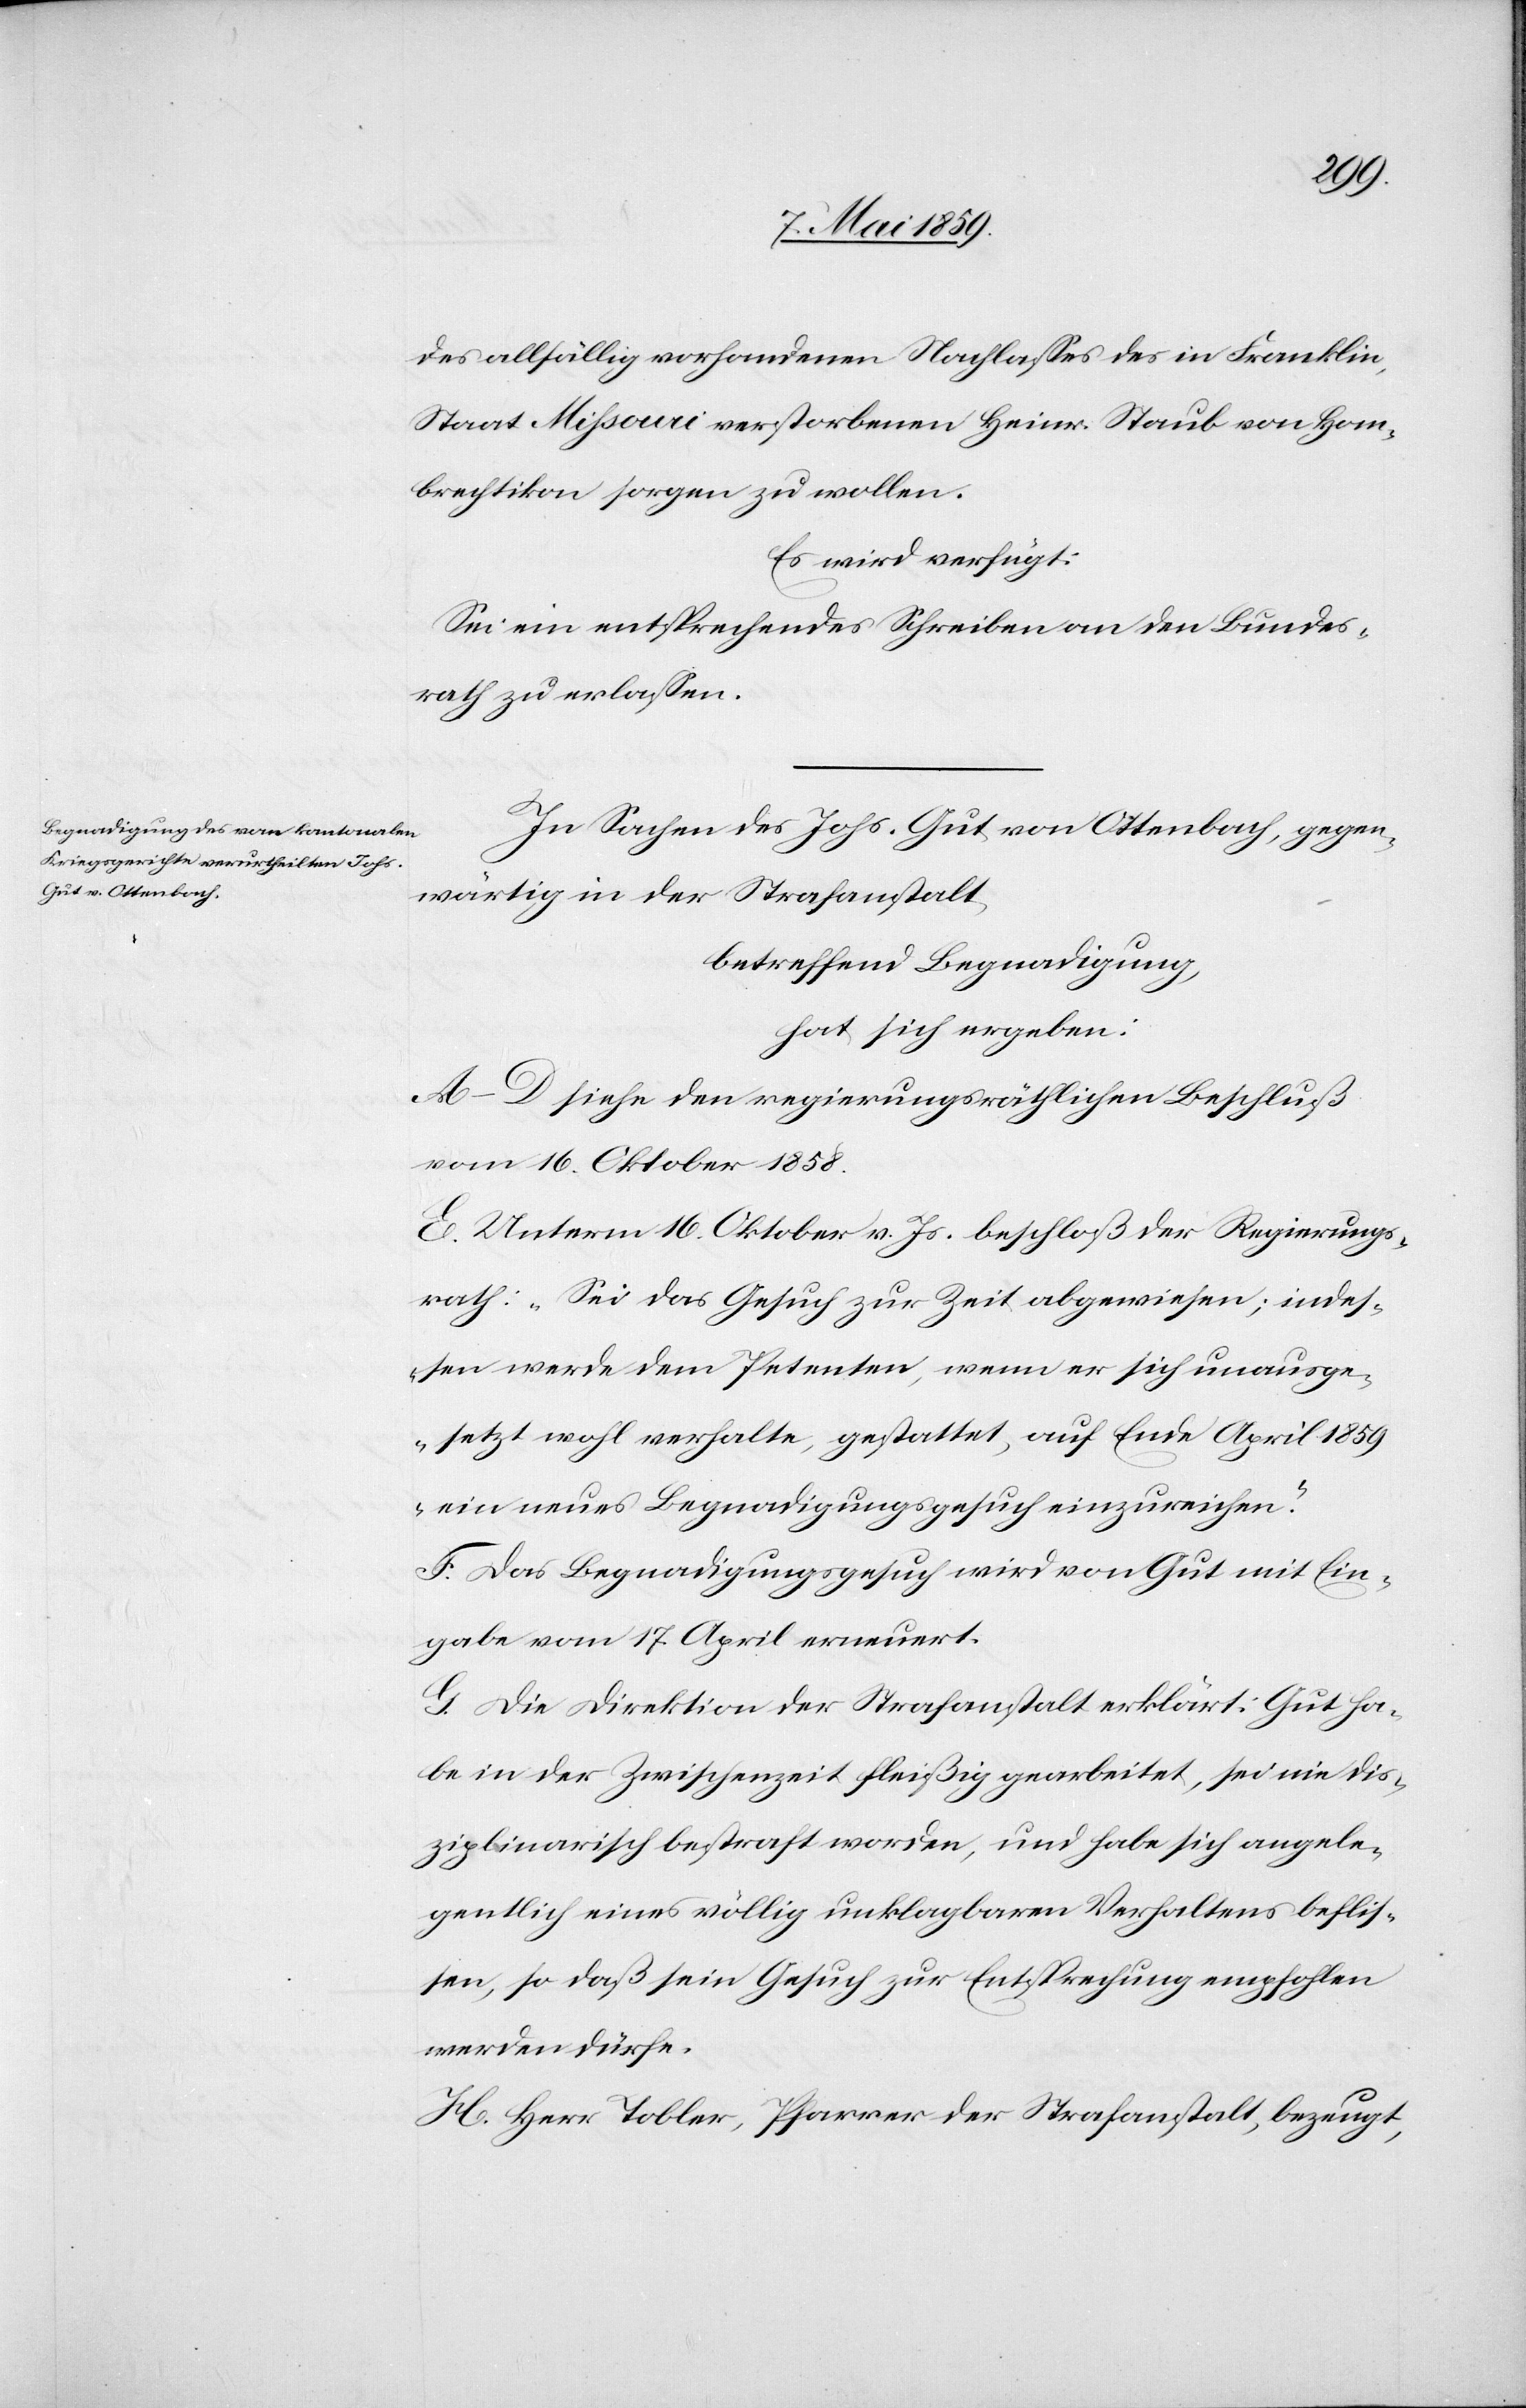
des allfällig vorhandenen Nachlaßes des in Franklin,
Staat Missouri verstorbenen Heinr. Staub von Hom¬
brechtikon sorgen zu wollen.
Sei ein entsprechendes Schreiben an den Bundes¬
rath zu erlaßen.
In Sachen des Johs. Gut von Ottenbach, gegen¬
wärtig in der Strafanstalt,
betreffend Begnadigung,
hat sich ergeben:
A(D siehe den regierungsräthlichen Beschluß
vom 16. Oktober 1858.
E. Unterm 16. Oktober v. Js. beschloß der Regierungs¬
rath: „Sei das Gesuch zur Zeit abgewiesen; indeß¬
en werde dem Petenten, wenn er sich unausge¬
setzt wohl verhalte, gestattet, auf Ende April 1859
ein neues Begnadigungsgesuch einzureichen.“
F. Das Begnadigungsgesuch wird von Gut mit Ein¬
gabe vom 17. April erneuert.
G. Die Direktion der Strafanstalt erklärt: Gut ha¬
be in der Zwischenzeit fleißig gearbeitet, sei nie dis¬
ziplinarisch bestraft worden, und habe sich angele¬
gentlich eines völlig unklagbaren Verhaltens befliß¬
en, so daß sein Gesuch zur Entsprechung empfohlen
werden dürfe.
H. Herr Tobler, Pfarrer der Strafanstalt, bezeugt,